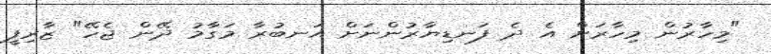
"މިހާރުން މިހާރަށް އެ ދެ ފަނޑިޔާރުންނަށް އަނބުރާ މަގާމު ދޭން ޖެހޭ" ޒާރިފީ